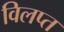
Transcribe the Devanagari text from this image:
विलप्त